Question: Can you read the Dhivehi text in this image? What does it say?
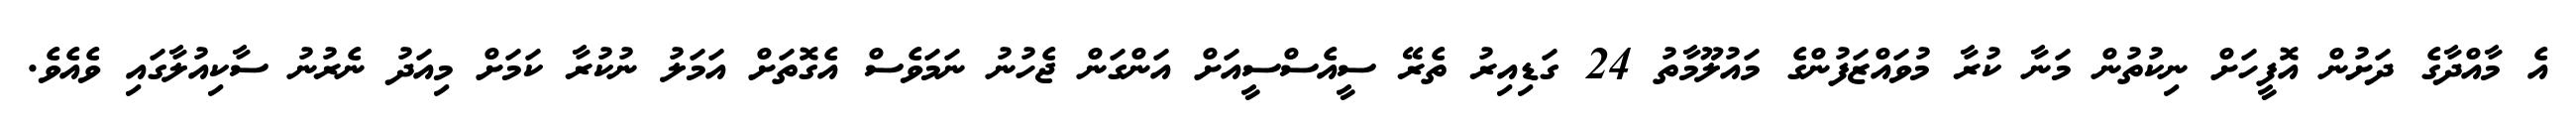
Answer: އެ މާއްދާގެ ދަށުން އޮފީހަށް ނިކުތުން މަނާ ކުރާ މުވައްޒަފުންގެ މައުލޫމާތު 24 ގަޑިއިރު ތެރޭ ސީއެސްސީއަށް އަންގަން ޖެހުނު ނަމަވެސް އެގޮތަށް އަމަލު ނުކުރާ ކަމަށް މިއަދު ނެރުނު ސާކިއުލާގައި ވެއެވެ.